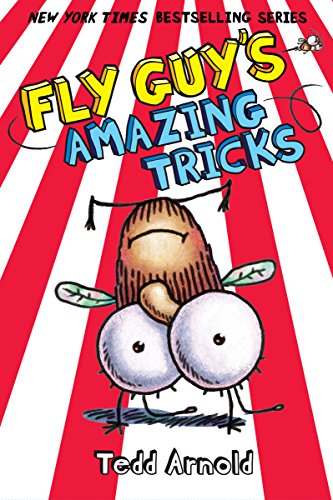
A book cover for Fly Guy #14: Fly Guy's Amazing Tricks; Tedd Arnold; Children's Books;